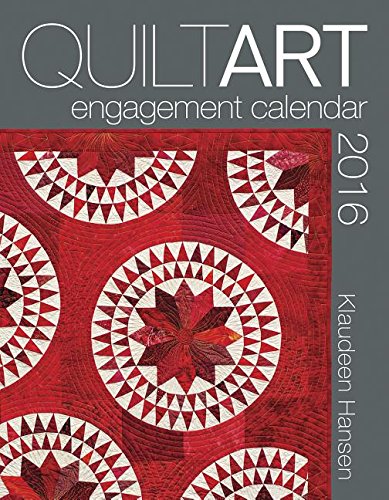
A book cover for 2016 Quilt Art Engagment Calendar; Hansen; Calendars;